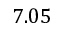
7 . 0 5